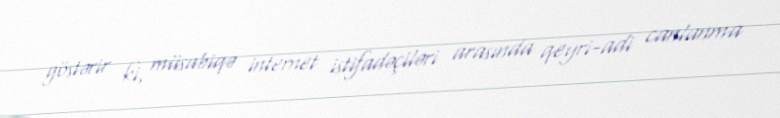
göstərir ki, müsabiqə internet istifadəçiləri arasında qeyri-adi canlanma